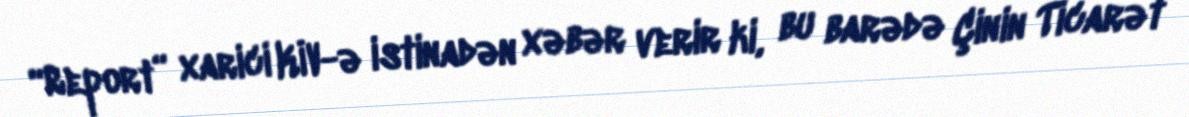
“Report” xarici KİV-ə istinadən xəbər verir ki, bu barədə Çinin Ticarət